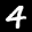
Label: 4